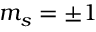
m _ { s } = \pm 1